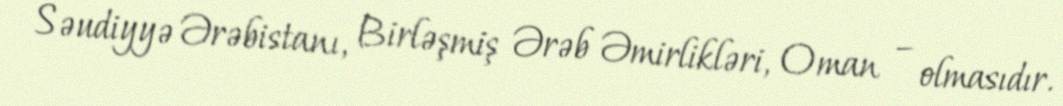
Səudiyyə Ərəbistanı, Birləşmiş Ərəb Əmirlikləri, Oman – olmasıdır.